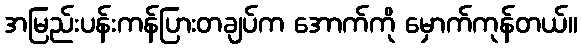
အမြည်းပန်းကန်ပြားတချပ်က အောက်ကို မှောက်ကုန်တယ်။